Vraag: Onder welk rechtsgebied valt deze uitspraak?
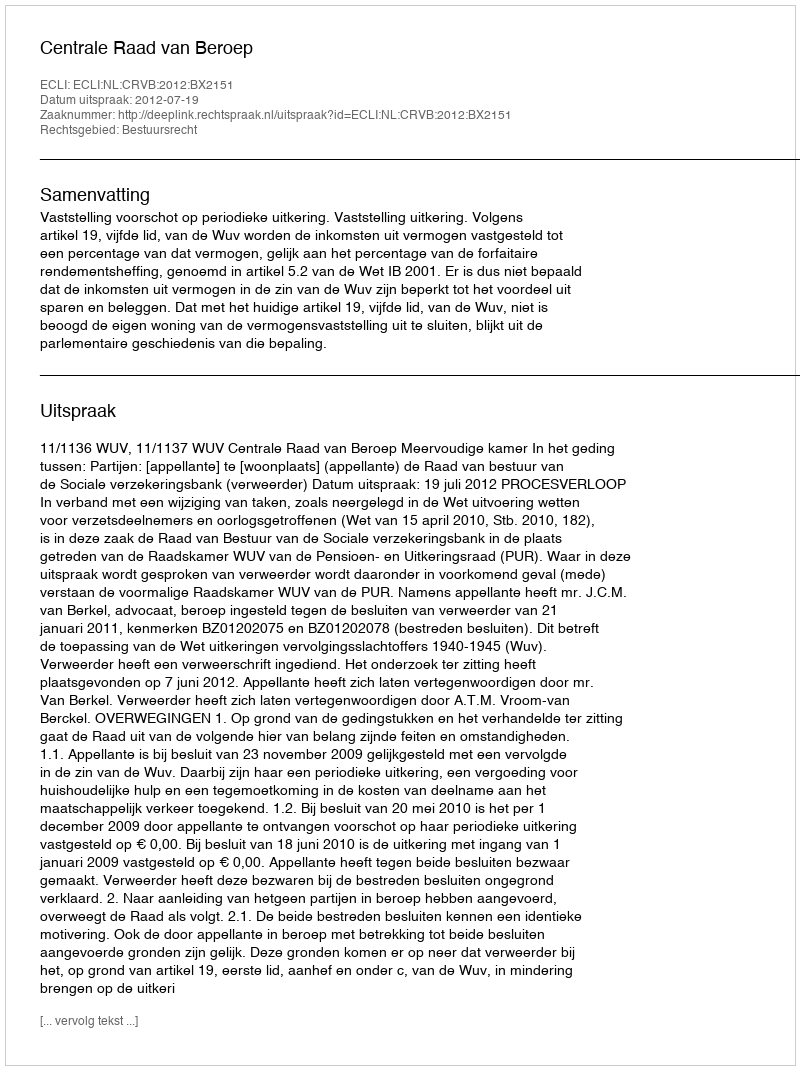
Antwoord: Bestuursrecht